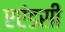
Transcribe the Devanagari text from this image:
एएंडसी